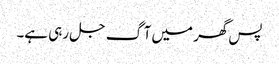
پس گھر میں آگ جل رہی ہے۔